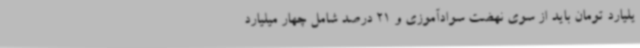
یلیارد تومان باید از سوی نهضت سوادآموزی و 21 درصد شامل چهار میلیارد